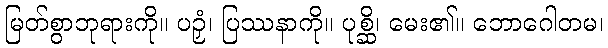
မြတ်စွာဘုရားကို။ ပဉှံ၊ ပြဿနာကို။ ပုစ္ဆိ၊ မေး၏။ ဘောဂေါတမ၊